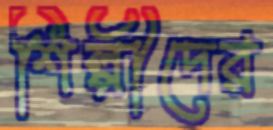
শিল্পীদের